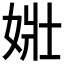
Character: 𡝂